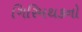
ગિરિમથકનો